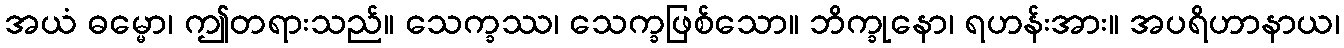
အယံ ဓမ္မော၊ ဤတရားသည်။ သေက္ခဿ၊ သေက္ခဖြစ်သော။ ဘိက္ခုနော၊ ရဟန်းအား။ အပရိဟာနာယ၊